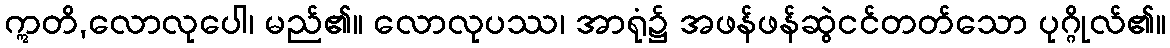
ဣတိ,လောလုပေါ၊ မည်၏။ လောလုပဿ၊ အာရုံ၌ အဖန်ဖန်ဆွဲငင်တတ်သော ပုဂ္ဂိုလ်၏။